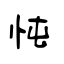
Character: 忳